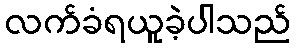
လက်ခံရယူခဲ့ပါသည်